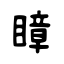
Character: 瞕